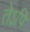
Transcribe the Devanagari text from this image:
तेऽपि